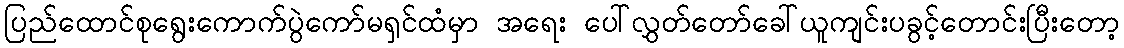
ပြည်ထောင်စုရွေးကောက်ပွဲကော်မရှင်ထံမှာ အရေး ပေါ်လွှတ်တော်ခေါ်ယူကျင်းပခွင့်တောင်းပြီးတော့